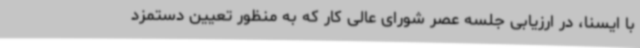
با ایسنا، در ارزیابی جلسه عصر شورای عالی کار که به منظور تعیین دستمزد